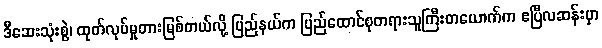
ဒီဆေးသုံးစွဲ၊ ထုတ်လုပ်မှုတားမြစ်တယ်လို့ ပြည်နယ်က ပြည်ထောင်စုတရားသူကြီးတယောက်က ဧပြီလဆန်းမှာ